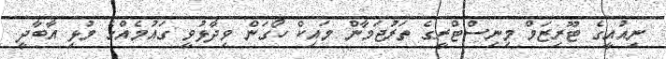
ނިއުއީގެ ޓޫރިޒަމް މިނިސްޓްރީގެ ތަރުޖަމާން މައިކް ހޯގަން ވިދާޅުވީ ގައުމެއްގެ މުޅި އާބާދީ